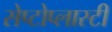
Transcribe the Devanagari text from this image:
सेप्टोप्लास्टी